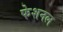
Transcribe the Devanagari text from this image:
फेशनल